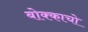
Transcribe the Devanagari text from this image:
बोक्काचो